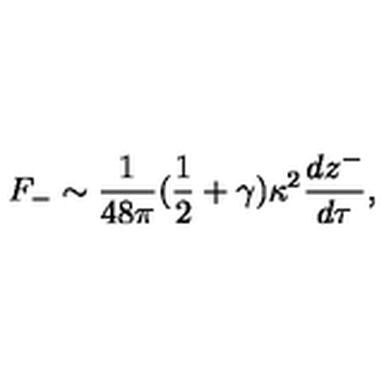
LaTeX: F _ { - } \sim \frac { 1 } { 4 8 \pi } ( \frac { 1 } { 2 } + \gamma ) \kappa ^ { 2 } \frac { d z ^ { - } } { d \tau } ,